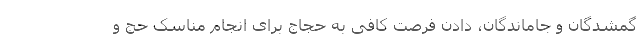
گمشدگان و جاماندگان، دادن فرصت کافی به حجاج برای انجام مناسک حج و